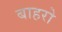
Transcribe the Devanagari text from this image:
बाहरो